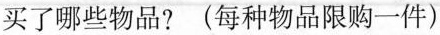
买了哪些物品？(每种物品限购一件)